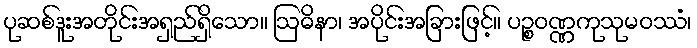
ပုဆစ်ဒူးအတိုင်းအရှည်ရှိသော။ ဩဓိနာ၊ အပိုင်းအခြားဖြင့်။ ပဉ္စဝဏ္ဏကုသုမဝဿံ၊